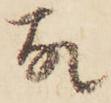
故